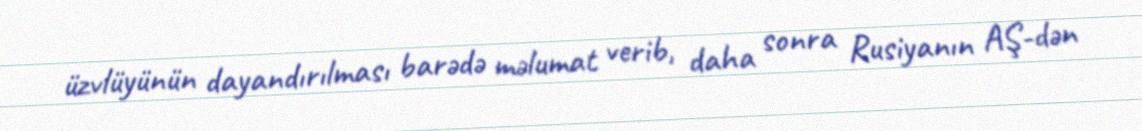
üzvlüyünün dayandırılması barədə məlumat verib, daha sonra Rusiyanın AŞ-dən